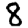
Digit: 8